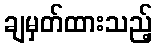
ချမှတ်ထားသည့်